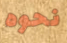
نحوه